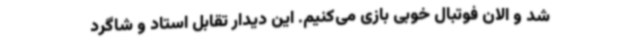
شد و الان فوتبال خوبی بازی می‌کنیم. این دیدار تقابل استاد و شاگرد